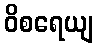
ဝိစရေယျ